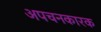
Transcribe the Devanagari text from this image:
अपचनकारक